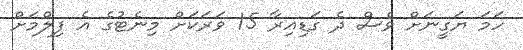
ހަމަ ޔަގީނަށް ވެސް ދެ ގަޑިއިރާ 15 ވަރަކަށް މިނެޓުގެ އެ ފިލްމަށް